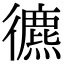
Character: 𢖐